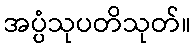
အပ္ပံသုပတိသုတ်။